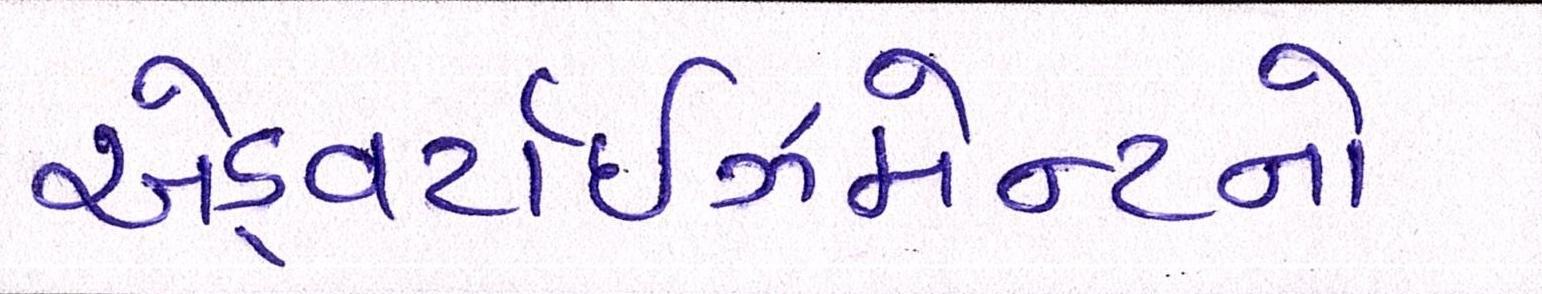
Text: એડ્વર્ટાઇઝમેન્ટનો